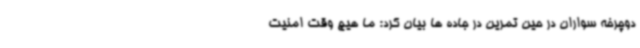
دوچرخه سواران در حین تمرین در جاده ها بیان کرد: ما هیچ وقت امنیت